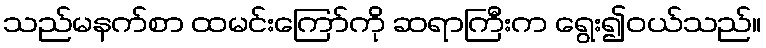
သည်မနက်စာ ထမင်းကြော်ကို ဆရာကြီးက ရွေး၍ဝယ်သည်။